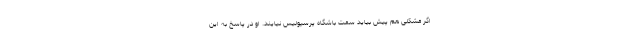
اگر مشکلی هم پیش بیاید سمت باشگاه پرسپولیس نیایند. او در پاسخ به این